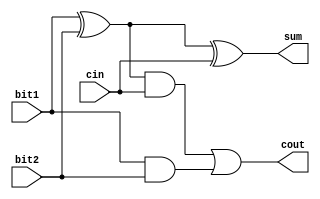
// This program was cloned from: https://github.com/chicken8848/RISKY
// License: MIT License

module full_adder (
    input bit1,  // bit 1 to add
    input bit2, // bit 2 to add
    input cin, // carry in
    output sum,  // sum out
    output cout // carry out
  );
  wire bit1_xor_bit2;
  wire aftand1;
  wire aftand2;
  /* Combinational Logic */
  assign bit1_xor_bit2 = bit1 ^ bit2;
  assign sum = bit1_xor_bit2 ^ cin;
  assign aftand1 = bit1_xor_bit2&cin;
  assign aftand2 = bit1 & bit2;
  assign cout = aftand1 | aftand2;
endmodule